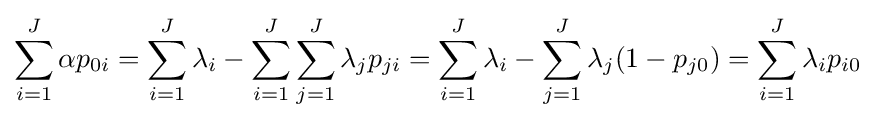
\sum _{i=1}^{J}\alpha p_{0i}=\sum _{i=1}^{J}\lambda _{i}-\sum _{i=1}^{J}\sum _{j=1}^{J}\lambda _{j}p_{ji}=\sum _{i=1}^{J}\lambda _{i}-\sum _{j=1}^{J}\lambda _{j}(1-p_{j0})=\sum _{i=1}^{J}\lambda _{i}p_{i0}